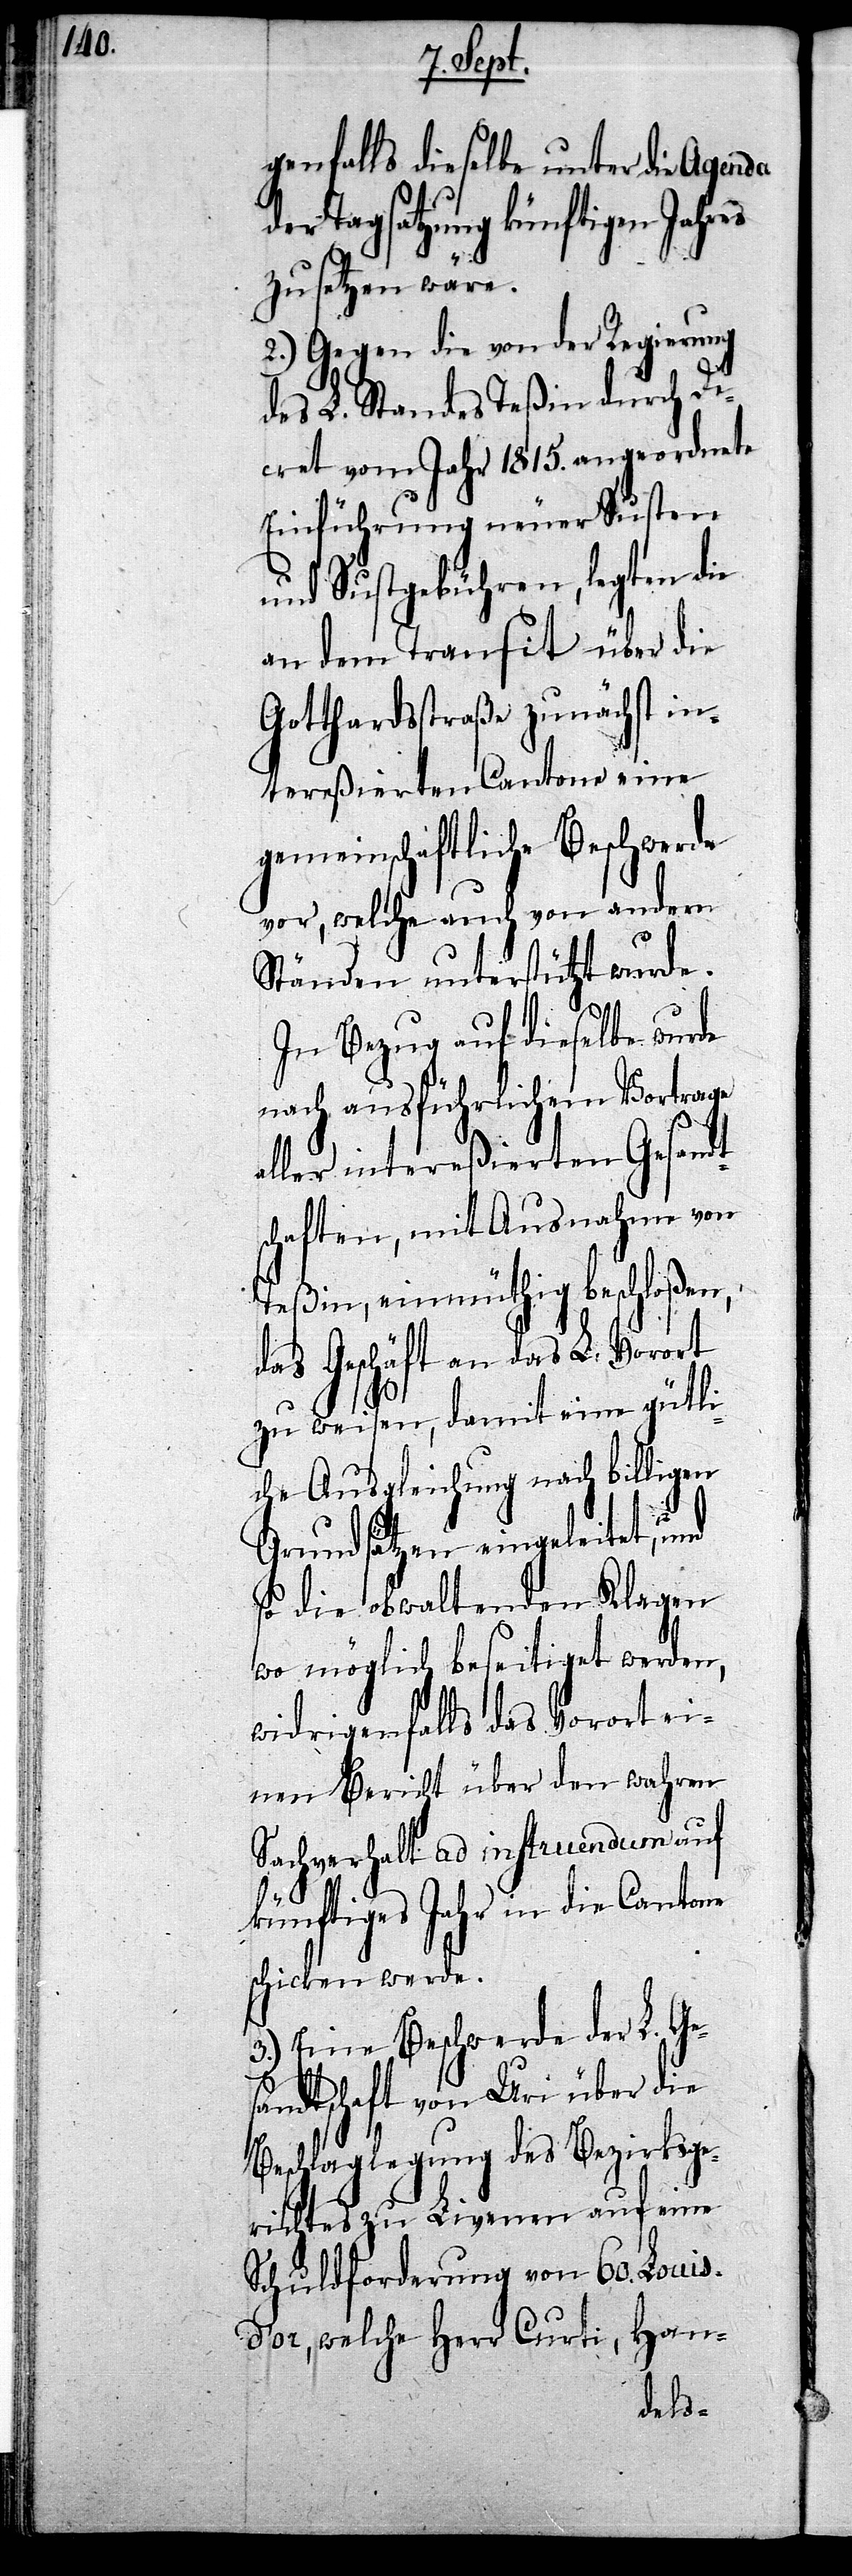
genfalls dieselbe unter die Agenda
der Tagsatzung künftigen Jahres
zu setzen wäre.
2.) Gegen die von der Regierung
des L. Standes Teßin durch De¬
cret vom Jahr 1815. angeordnete
Einführung neuer Susten
und Sustgebühren, legten die
an dem Transit über die
Gotthardstraße zunächst in¬
tereßierten Cantone eine
gemeinschaftliche Beschwerde
vor, welche auch von andern
Ständen unterstützt wurde.
In Bezug auf dieselbe wurde
nach ausführlichem Vortrage
aller intereßierten Gesandt¬
schaften, mit Ausnahme von
Teßin, einmüthig beschloßen,
das Geschäft an das L. Vorort
zu weisen, damit eine gütli¬
che Ausgleichung nach billigen
Grundsätzen eingeleitet,
so die obwaltenden Klagen
wo möglich beseitigt werden,
widrigenfalls das Vorort ei¬
nen Bericht über den wahren
Sachverhalt ad instruendum auf
künftiges Jahr in die Cantone
schicken werde.
3.) Eine Beschwerde der L. Ge¬
sandtschaft von Uri über die
Beschlaglegung des Bezirksge¬
richtes zu Livenen auf eine
Schuldforderung von 60. Louis
Han-
d’or, welche Herr Curti,